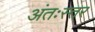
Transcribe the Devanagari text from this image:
अंतःस्तर